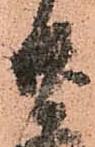
廿